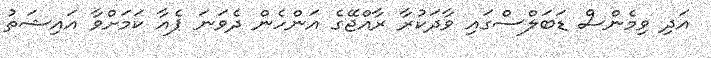
އަދި ވިމެންސް ޑަބަލްސްގައި ވާދަކުރާ ރާއްޖޭގެ އަންހެން ދެވަނަ ޕެއާ ކަމަށްވާ އައިޝަތު